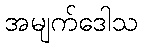
အမျက်ဒေါသ